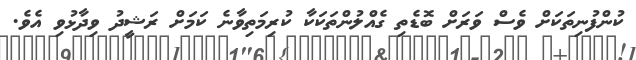
ކުންފުނިތަކަށް ވެސް ވަރަށް ބޮޑެތި ގެއްލުންތަކަކާ ކުރިމަތިވާނެ ކަމަށް ރަޝީދު ވިދާޅުވި އެވެ.